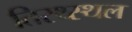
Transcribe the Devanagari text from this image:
तिरथ्स्थल